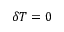
\delta T = 0